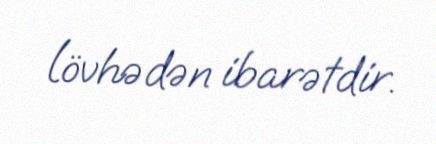
lövhədən ibarətdir.